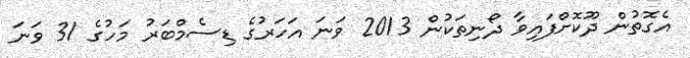
އެގޮތުން ދޫކޮށްފައިވާ ދޯނިތަކުން 2013 ވަނަ އަހަރުގެ ޑިސެމްބަރު މަހުގެ 31 ވަނަ